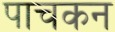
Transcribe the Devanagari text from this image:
पाचकन